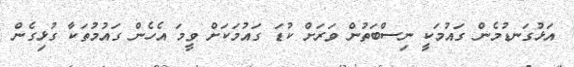
އަޅުގަނޑުމެން ގައުމަކީ ނިސްބަތުން ވަރަށް ކުޑަ ގައުމަކަށް ވީމަ އެހެން ގައުމުތަކާ ގުޅިގެން